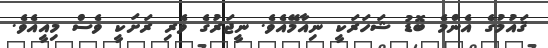
ޤައުމުގެ އެންމެ ބޮޑު ޝަހަރަކީ ނިއާމޭއެވެ. ނީޖަރުގެ ވެރި ރަށަކީ ވެސް މިއީއެވެ.